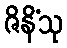
ဇိနိံသု